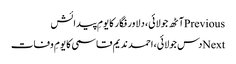
Previousآٹھ جولائی، دلاور فگار کا یومِ پیدائش
Nextدس جولائی، احمد ندیم قاسمی کا یومِ وفات